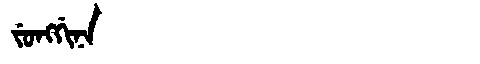
Manchu: ᠵᡠᠩᡤᡳᠨᠠ
Romanization: JUNGGINA